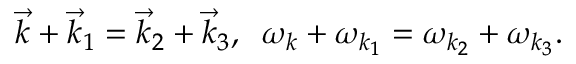
\vec { k } + \vec { k } _ { 1 } = \vec { k } _ { 2 } + \vec { k } _ { 3 } , \; \; \omega _ { k } + \omega _ { k _ { 1 } } = \omega _ { k _ { 2 } } + \omega _ { k _ { 3 } } .